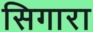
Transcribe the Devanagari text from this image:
सिगारा